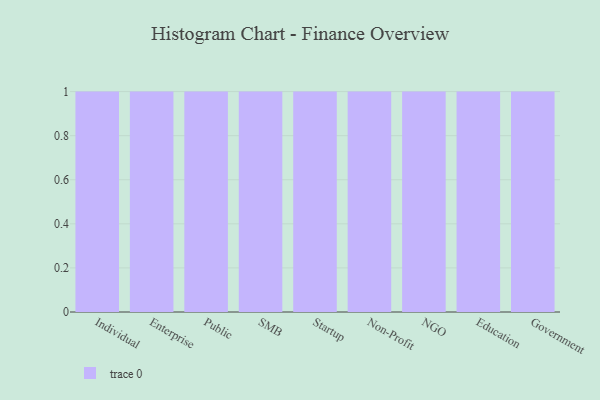
{"axis": {"x": "Segment", "y": "Gross Profit (USD K)"}, "legend": [""], "data": [{"x": "Individual", "y": 37, "type": ""}, {"x": "Enterprise", "y": 39, "type": ""}, {"x": "Public", "y": 8, "type": ""}, {"x": "SMB", "y": 81, "type": ""}, {"x": "Startup", "y": 41, "type": ""}, {"x": "Non-Profit", "y": 83, "type": ""}, {"x": "NGO", "y": 13, "type": ""}, {"x": "Education", "y": 69, "type": ""}, {"x": "Government", "y": 84, "type": ""}]}